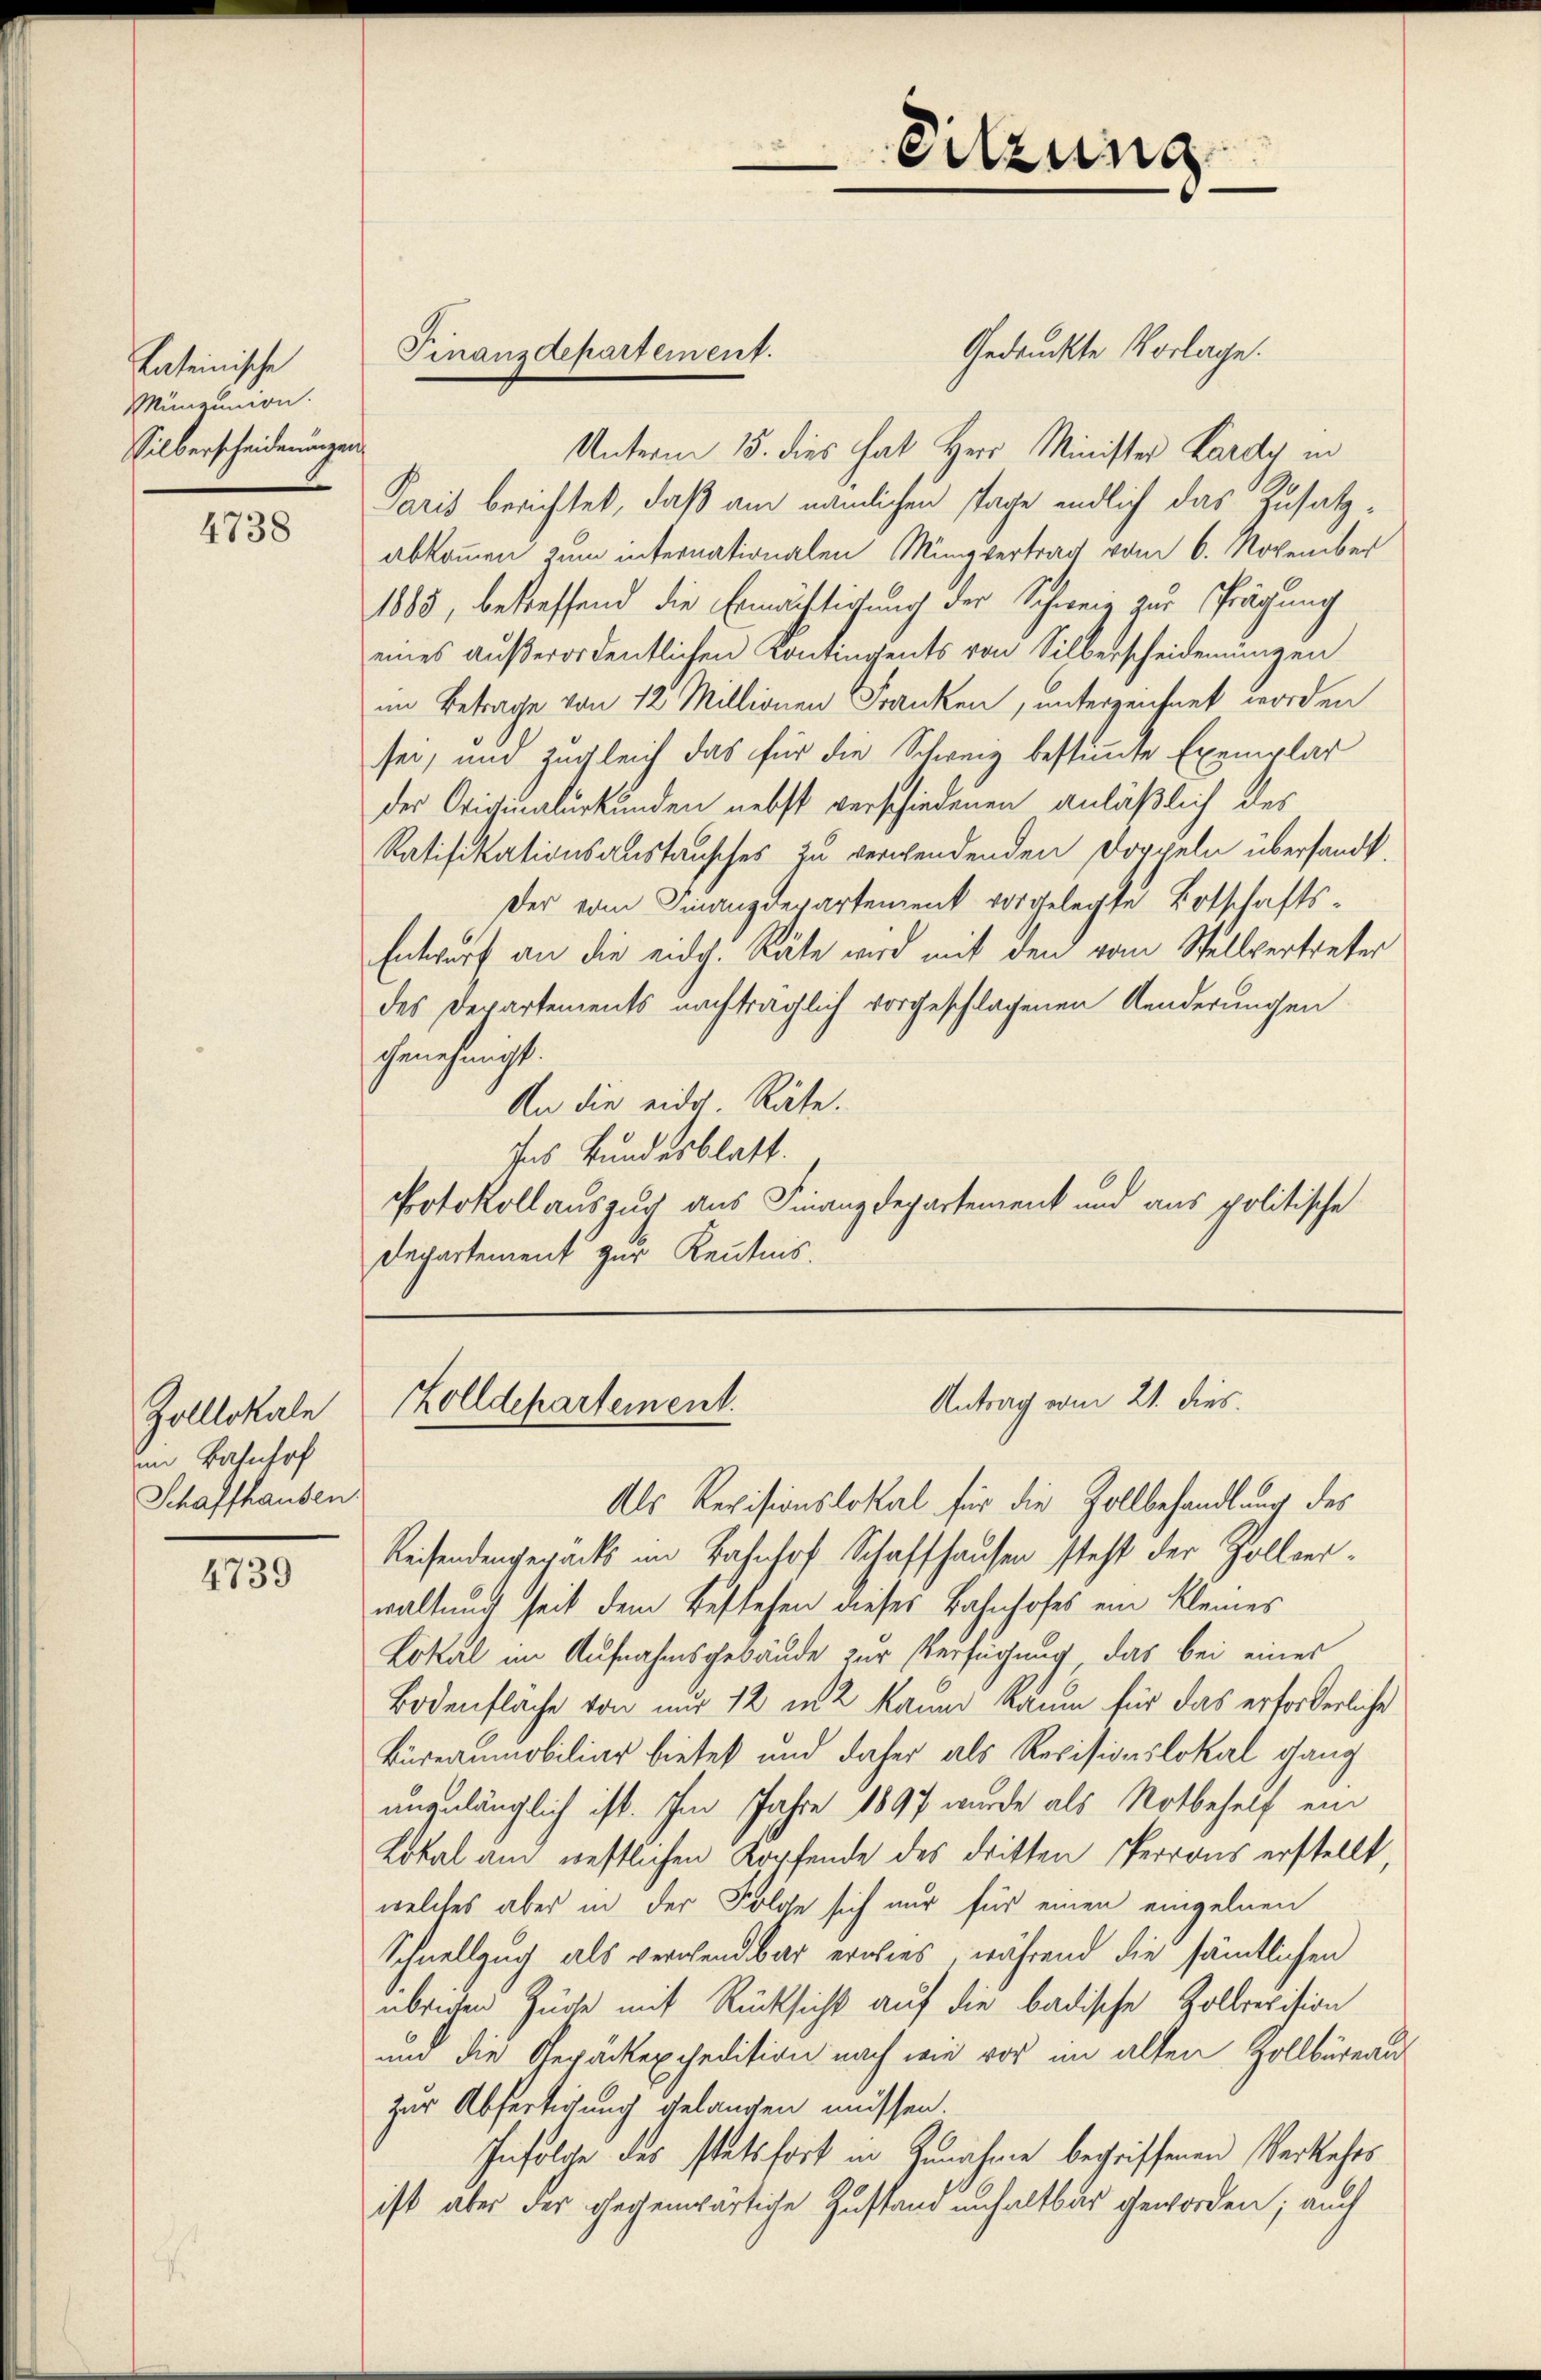
Lateinische
Münzunion.
Silberscheidenungen

4738

Zolllokale
im Bahnhof
Schaffhausen.

4739

Gedrückte Vorlage.
Unterm 15. dies hat Herr Minister Lardy in
Paris berichtet, daß am nämlichen stage endlich das Zusatzabkommen zum internationalen Müngvertrag vom 6. November
1883, besteffend die Ermächtigung der Schweiz zur Prägung
eines außerordentlichen Contingents von Silberscheidenungen
im Betrage von 12 Millionen Franken, unterzeichnet worden
sei, und zugleich das für die Schweiz bestimmte Exemplar
der Originalurkunden nebst verschiedenen anläßlich des
Ratifikationsanstausches zu verwendenden Doppeln übersandt.
Der vom Finanzdepartement vorgelegte Botschafts-
Entwurf an die eidg. Räte wird mit den vom Stellvertreter
des Departements nachträglich vorgeschlagenen Aenderungen
genehmigt.
An die eide Räte.
Ins Bundesblatt.
Protokollauszug aus Finanzdepartement und aus politische
Departement zur Kenntnis.

Finanzdepartement.

Sitzung

Antrag vom 21. dies.
Zolldepartement.

Als Revisionslokal für die Zollbehandlung des
Reisendengesäcks im Bahnhof Schaffhausen steht der Zollverwaltung seit dem Bestehen dieses Bahnhofes ein kleines
Lokal im Aufnahmsgebäude zur Verfügung, das bei eines
Bodenfläche von nur 12 m2 kann Raum für das erforderliche
Büreaumobiliar bietet und daher als Revisionslokal ganz
unzulänglich ist. Im Jahre 1897 wurde als Notbehelf ein
Lokal am restlichen Kopfende des dritten Perrons erstellt,
welches aber in der Folose sich nur für einen einzelnen
Schnellzug als verwendbar erwies, während die sämtlichen
üblichen Züge mit Rücksicht auf die badische Zollrevision
um die Gepäckexpedition nach wie vor im alten Zollbüreau
zur Abfertigung gelangen müssen.
Infolge des stetsfort in Zunahme begriffenen Verkehrs
ist aber der gegenwärtige Zustand unhaltbar geworden; auch